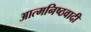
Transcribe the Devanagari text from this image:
आत्मनिष्ठवादी